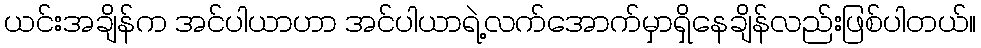
ယင်းအချိန်က အင်ပါယာဟာ အင်ပါယာရဲ့လက်အောက်မှာရှိနေချိန်လည်းဖြစ်ပါတယ်။